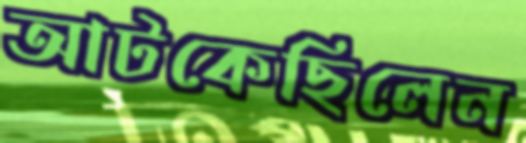
আটকেছিলেন